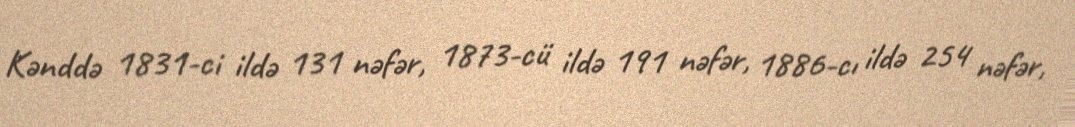
Kənddə 1831-ci ildə 131 nəfər, 1873-cü ildə 191 nəfər, 1886-cı ildə 254 nəfər,